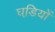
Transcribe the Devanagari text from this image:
घडि़यों